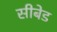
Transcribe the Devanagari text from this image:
सीबेड